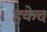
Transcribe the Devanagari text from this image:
हकेद